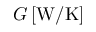
G \, [ \mathrm { W } / \mathrm { K } ]